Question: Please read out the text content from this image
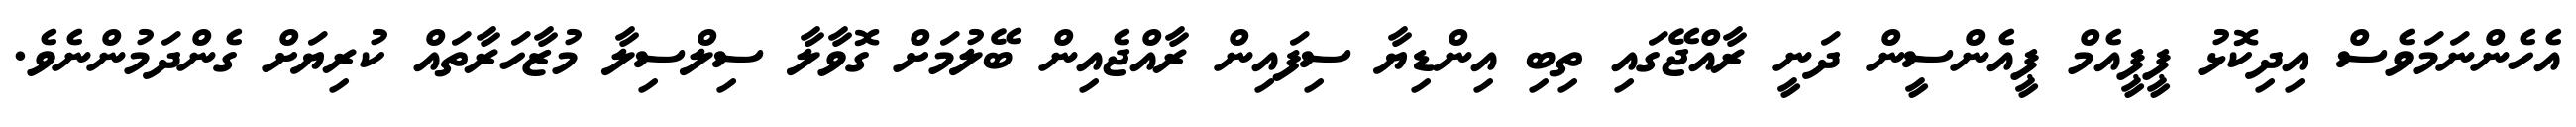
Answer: އެހެންނަމަވެސް އިދިކޮޅު ޕީޕީއެމް ޕީއެންސީން ދަނީ ރާއްޖޭގައި ތިބި އިންޑިޔާ ސިފައިން ރާއްޖެއިން ބޭލުމަށް ގޮވާލާ ސިލްސިލާ މުޒާހަރާތައް ކުރިޔަށް ގެންދަމުންނެވެ.